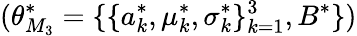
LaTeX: (\theta_{M_{3}}^{*}=\{ \{ a_{k}^{*},\mu_{k}^{*},\sigma_{k}^{*}\} _{k=1}^{3},B^{*}\} )